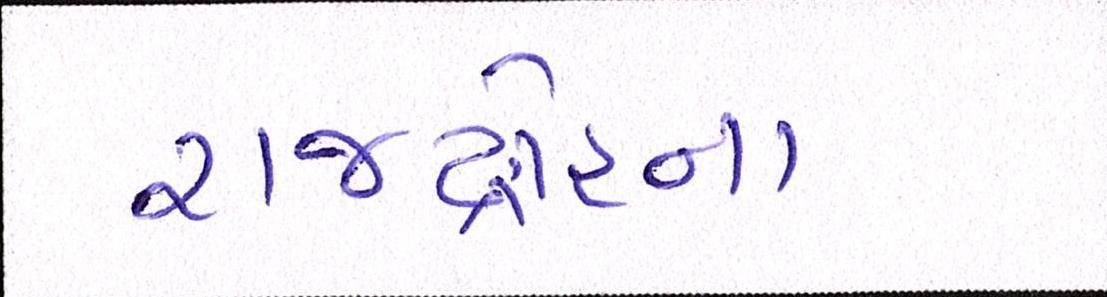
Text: રાજદ્રોહના